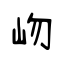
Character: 岉